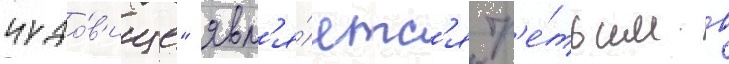
чудо́в'ище" явл'я́етс'я тр'е́тьим в